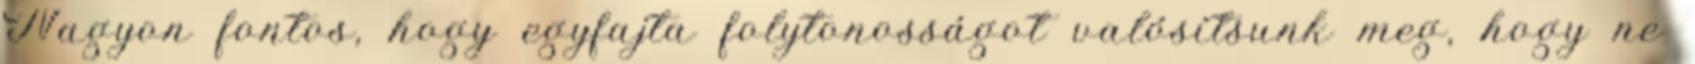
Nagyon fontos, hogy egyfajta folytonosságot valósítsunk meg, hogy ne